Vana-Antsla_vallavalitsus, lk 106
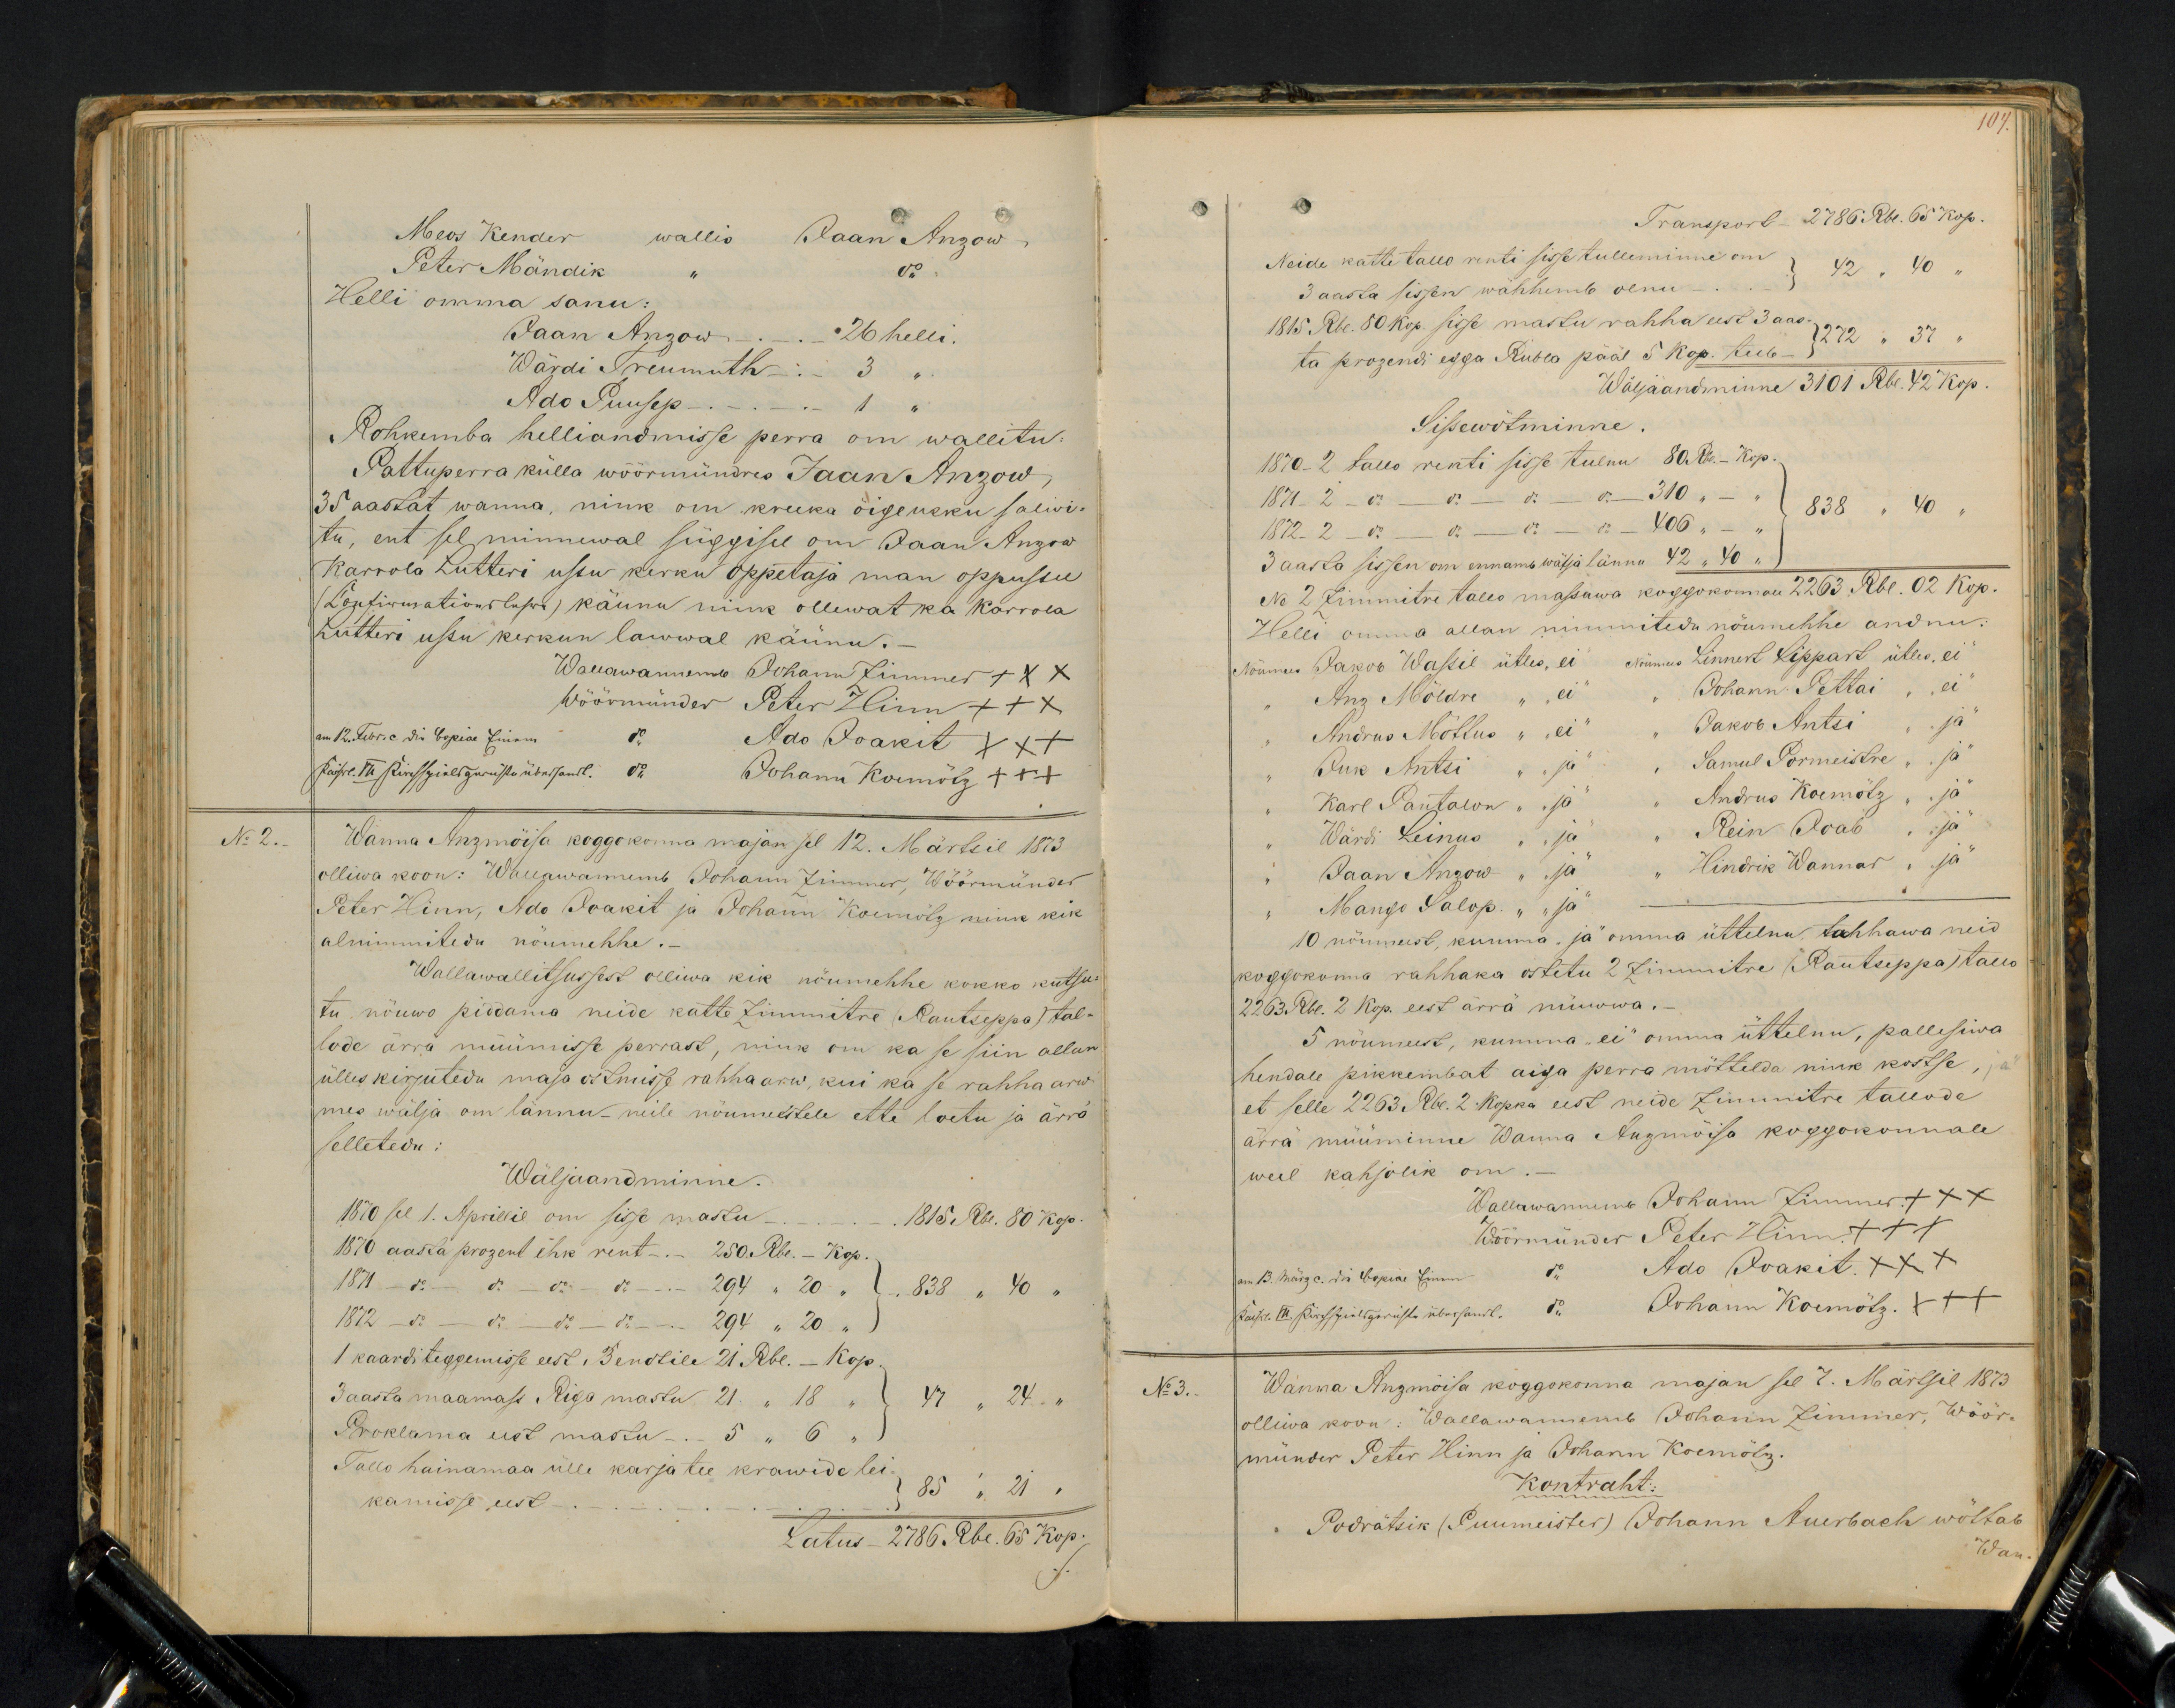
107.

Meos Kender wallis Jaan Anzow
Peter Mändik " do
Helli omma sanu:
Jaan Anzow - 26 helli.
Wärdi Treumuthi - 3
Ado Puusep - - 1 "
Rohkemba helliandmisse perra om wallitu-
Pattuperra külla wöörmündres Jaan Anzow
35 aastat wanna, nink on kreeka õigeusku salwi-
tu, ent sel minnewal süggisel on Jaan Anzow
Karrola Luteri ussu kerku oppetaja man oppsusse
Confirmationslehre) käunu nime ollewat ka Karrola
Lutteri ussu kerkun lawwal käünu.
Wallawanemb Johann Zimmer XXX
Wöörmünder Peter Hinn XXX
do. Ado Joakit XXX
do. Johann Koemötz +++
Wanna Anzmõisa koggokonna majan sel 12. Märtsil 1873
olliwa koon: Wallawannemb Johann Zimmer Wöörmünder
Peter Hinn, Ado Joakit ja Johann Koemötz nime kik
alnimmitedu nöumehhe.
Wallawallitsussest olliwa kik nöumehhe kokko kutsu-
tu nöuwo piddama neide katte Zimmitre (Rautseppa) tal-
lude ärrä müümisse perrast, nink om ka se siin allun
ülles kirjutedu maja ostmisse rahha arw, kui ka se rahha arw
mes wälja on lännu- neile näumeetele ette loetu ja ärra
selletedu:
Wäljaandminne.
1870 sel 1. Aprillil om sisse mastu.
1815 Rbl. 80 Kop.
1870 aasta prozent ehk rent - 250 Rbl. - Kop.
1871 do - do -do - do  294 " 20 "
838 " 40 "
1872 - do - do - do - do - 294 " 20 "
1 kaardi teggemisse eest Bendtile 21. Rbl. - Kop.
3 aasta maamass Riga wastu 21 " 18 "
47 " 24 "
Proklama eest mastu - 5 " 6 "
Tallo heinamaa ülle karja tee krawide lei-
kamisse eest. - 85 " 21 "
Latus 2786 Rbl. 65 Kop.

Transport 2786 Rbl. 65 kop
Neide kätte tallo renti sisse tulleminne om 42 " 40
3 aasta sissen wähhemb olnu -
1815 Rbl. 50 kop. sisse wastu rahha eest 3 aas-
272 " 37
ta prozendi egga Rubla pääl 5 kop. teeb-
Wäljaandminne 3101 Rbl. 42 kop.
Sisewötminne.
1870 - 2 tallo renti sisse tulnu 80 Rbl - Kop.
1871 - 2 - do - do - do - do - 310 " - "
1872 - 2 - do - do - do - do - 406 " - "
3 aasta sissen om ennamb wälja lännu 42 "40 "
Ne 2 Zimmitre tallo massawa koggokonnan 2263 Rbl. 02 Kop.
Helli omma allan nimmitedu nöumehhe andnu
Nöumees Jakob Wassil ütles "ei" Nöumees Linnert Lippart ütles "ei
" Anz Möldre " "ei" " Johann Pettai " "ei"
" Andrus Mõttus " "ei" " Jakob Antsi " "ja"
" Juk Antsi " "ja" " Samul Pormeistre " "ja"
" Karl Pantalon " "ja" " Andrus Koemötz " "ja"
" Wärdi Leinus " "ja" " Rein Ioab " "ja"
" Jaan Anzow " "ja" " Hindrik Wannar " "ja"
" Mango Salop. "ja"
10 nöumeest, kumma "ja" omma üttelnu tahhawa neid
koggokonna rahhaka ostetu 2 Zimmitre (Rautseppa) tallo
2263. Rbl. 2 Kop. eest ärrä müwwa, -
5 nöumeest, kumma "ei" omma üttelnu, pallesiwa
hendale pikkembat aiga perra möttelda nink kostse, "ja"
et selle 2263 Ru. 2 kopka eest neide Zimmitre tallode
ärrä müüminne Wanna Anzmöisa koggokonnale
weel kahjolik om.
Wallawannemb Johann Zimmer XXX
Wöörmünder Peter Hinn +++
do Ado Ioakit. XXX
do Johann Koemötz. XXX
No 3.
Wanna Anzmõisa koggokonna majan sel 7. Märtsil 1873
olliwa koon: Wallawannemb Johann Zimmer, Wöör-
münder Peter Hinn ja Johann Koemötz
Kontraht:
"Podrätsik (Puumeister) Johann Auerbach wöttab
Wan

No 2.